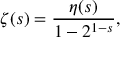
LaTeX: \zeta ( s ) = { \frac { \eta ( s ) } { 1 - 2 ^ { 1 - s } } } ,